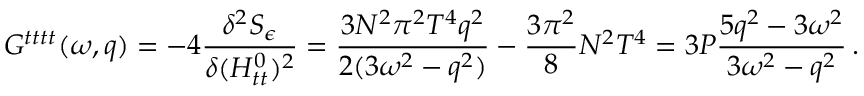
G ^ { t t t t } ( \omega , q ) = - 4 { \frac { \delta ^ { 2 } S _ { \epsilon } } { \delta ( H _ { t t } ^ { 0 } ) ^ { 2 } } } = { \frac { 3 N ^ { 2 } \pi ^ { 2 } T ^ { 4 } q ^ { 2 } } { 2 ( 3 \omega ^ { 2 } - q ^ { 2 } ) } } - { \frac { 3 \pi ^ { 2 } } { 8 } } N ^ { 2 } T ^ { 4 } = 3 P \frac { 5 q ^ { 2 } - 3 \omega ^ { 2 } } { 3 \omega ^ { 2 } - q ^ { 2 } } \, .